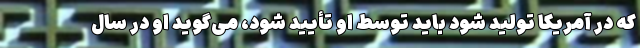
که در آمریکا تولید شود باید توسطِ او تأیید شود، می‌گوید او در سالِ